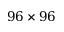
9 6 \times 9 6